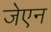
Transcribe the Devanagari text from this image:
जेएन